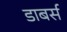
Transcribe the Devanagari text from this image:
डाबर्स